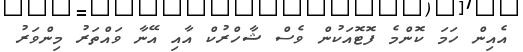
އެއިން ހަމަ ކޮންމެ ފޮޓޮއަކުން ވެސް ޝާހްރުކް އާއި އޭނާ ވައްތަރު މިންވަރު